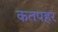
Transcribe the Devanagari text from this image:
कतपहर